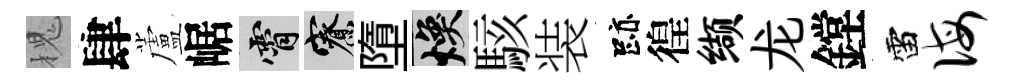
槐肆蘆崌霄寮墮焕駭装跡徨缬龙鏜雷诲